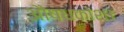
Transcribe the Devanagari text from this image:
औषधकोश।